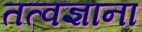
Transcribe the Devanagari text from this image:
तत्वज्ञाना